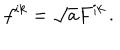
f ^ { i k } = \sqrt { a } F ^ { i k } \, .